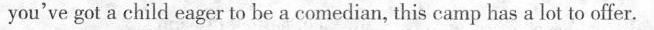
you've got a child eager to be a comedian, this camp has a lot to offer.